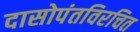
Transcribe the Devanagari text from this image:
दासोपंतविरचित